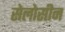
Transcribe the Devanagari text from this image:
सेलोसीन